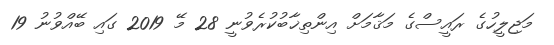
މަޖިލީހުގެ ރައީސްގެ މަޤާމަށް އިންތިޚާބުކުރެވުނީ 28 މޭ 2019 ގައި ބޭއްވުނު 19